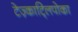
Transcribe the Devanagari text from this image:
टेज़्काट्लिपोका